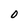
Character: 0